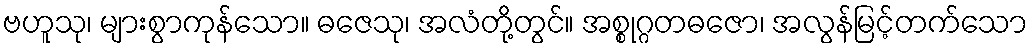
ဗဟူသု၊ များစွာကုန်သော။ ဓဇေသု၊ အလံတို့တွင်။ အစ္စုဂ္ဂတဓဇော၊ အလွန်မြင့်တက်သော